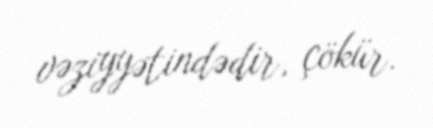
vəziyyətindədir, çökür.